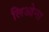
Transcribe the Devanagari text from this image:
लिओना